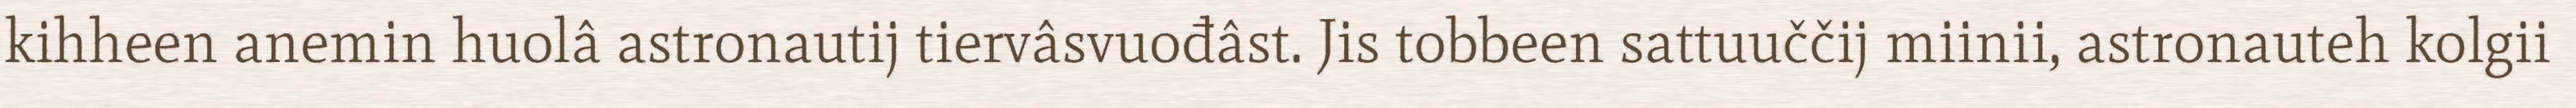
kihheen anemin huolâ astronautij tiervâsvuođâst. Jis tobbeen sattuuččij miinii, astronauteh kolgii